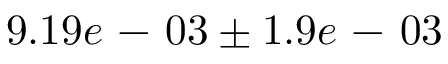
9 . 1 9 e \mathrm { ~ - ~ } 0 3 \pm 1 . 9 e \mathrm { ~ - ~ } 0 3